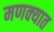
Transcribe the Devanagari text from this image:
मणक्‍यात